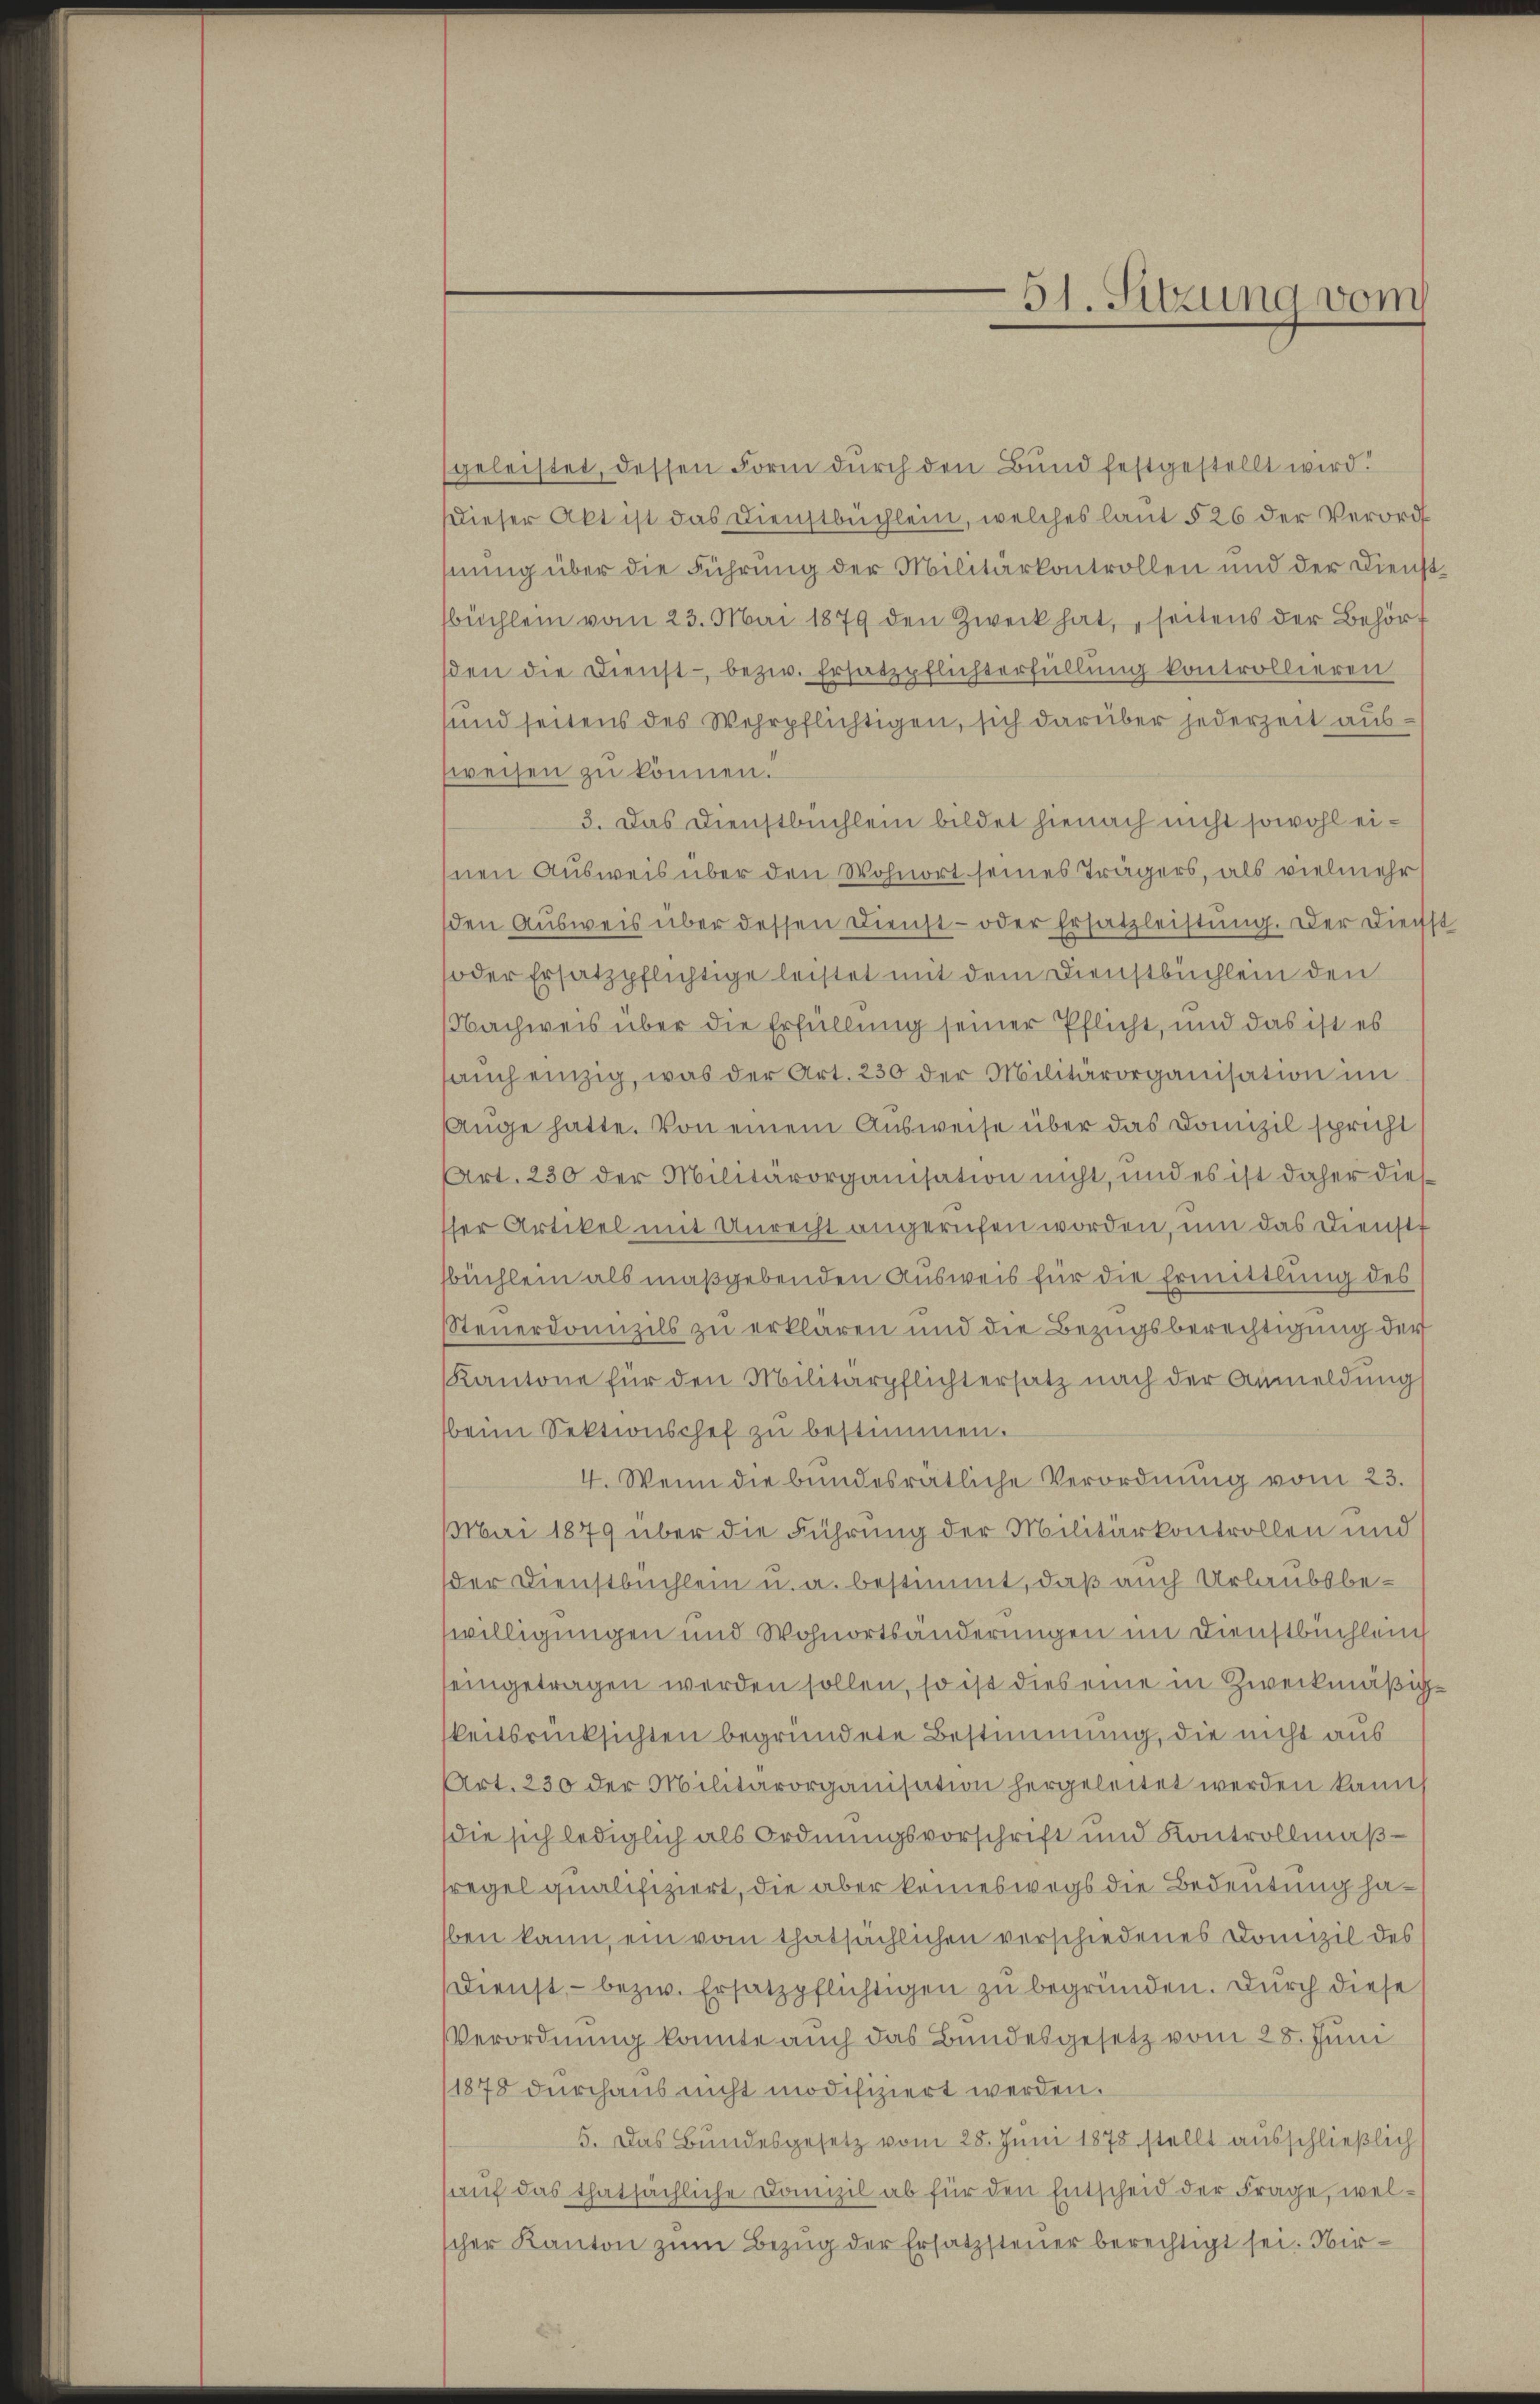
geleistet, dessen Form durch den Bund festgestellt wird!
Dieser Akt ist das Dienstbuchlein, welches laut § 26 der Verord
nung über die Führung der Militärkontrollen und der Dienstbüchlein vom 23. Mai 1879 den Zweck hat, seitens der Behört
den die Dienst- bezw. Ersatzpflichterfüllung kontrollieren
und seitens des Wehrpflichtigen, sich darüber jederzeit aussweisen zu können.
3. Das Dienstbuchlein bildet hienach nicht sowohl eihnen Ausweis über den Wohnort seines Trägers, als vielmehr
den Ausweis über dessen Dienst- oder Ersatzleistung. Der Dienst
oder Ersatzpflichtige leistet mit dem Dienstbüchlein den
NNachweis über die Erfüllung seiner Pflicht, und das ist es
saŭch einzig, was der Art. 230 der Militärorganisation im
Auge hatte. Von einem Ausweise über das Domizil spricht
Art. 230 der Militärorganisation nicht, und es ist daher diesser Artikel mit Unrecht angerufen worden, um das Dienstt
büchlein als maßgebenden Ausweis für die Ermittlung des
Steuerdonzils zu erklären und die Bezugsberechtigung der
Kantone für den Militärpflichtersatz nach der Anmeldung
beim Sektionschef zu bestimmen.
4. Wenn die bundesrätliche Verordnung vom 23.
Mai 1879 über die Führung der Militärkontrollen und
der Dienstbuchlein u. a. bestimmt, daß auch Urlaubsbewilligungen und Wohnortsänderungen im Dienstbüchlein
eingetragen werden sollen, so ist dies eine in Zweckmäßigkeitsrücksichten begründete Bestimmung, die nicht aus
Art. 230 der Militärorganisation hergeleitet werden kann
die sich lediglich als Ordnungsvorschrift und Kontrollmaβ-
fregel qualifiziert, die aber keineswegs die Bedeutung haben kann, ein vom thatsächlichen verschiedenes Domizil des
Dienst, - bezw. Ersatzpflichtigen zu begründen. Durch diese
Verordnung konnte auch das Bundesgesetz vom 28. Juni
1878 durchaus nicht modifiziert werden.
5. Das Bundesgesetz vom 28. Jŭni 1878 stellt ausschließlich
aŭf das thatsächliche Danizil ab für den Entscheid der Frage, wel-
scher Kanton zum Bezug der Ersatzsteuer berechtigt sei. Wir¬

51. Sitzung vom